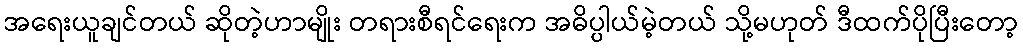
အရေးယူချင်တယ် ဆိုတဲ့ဟာမျိုး တရားစီရင်ရေးက အဓိပ္ပါယ်မဲ့တယ် သို့မဟုတ် ဒီထက်ပိုပြီးတော့